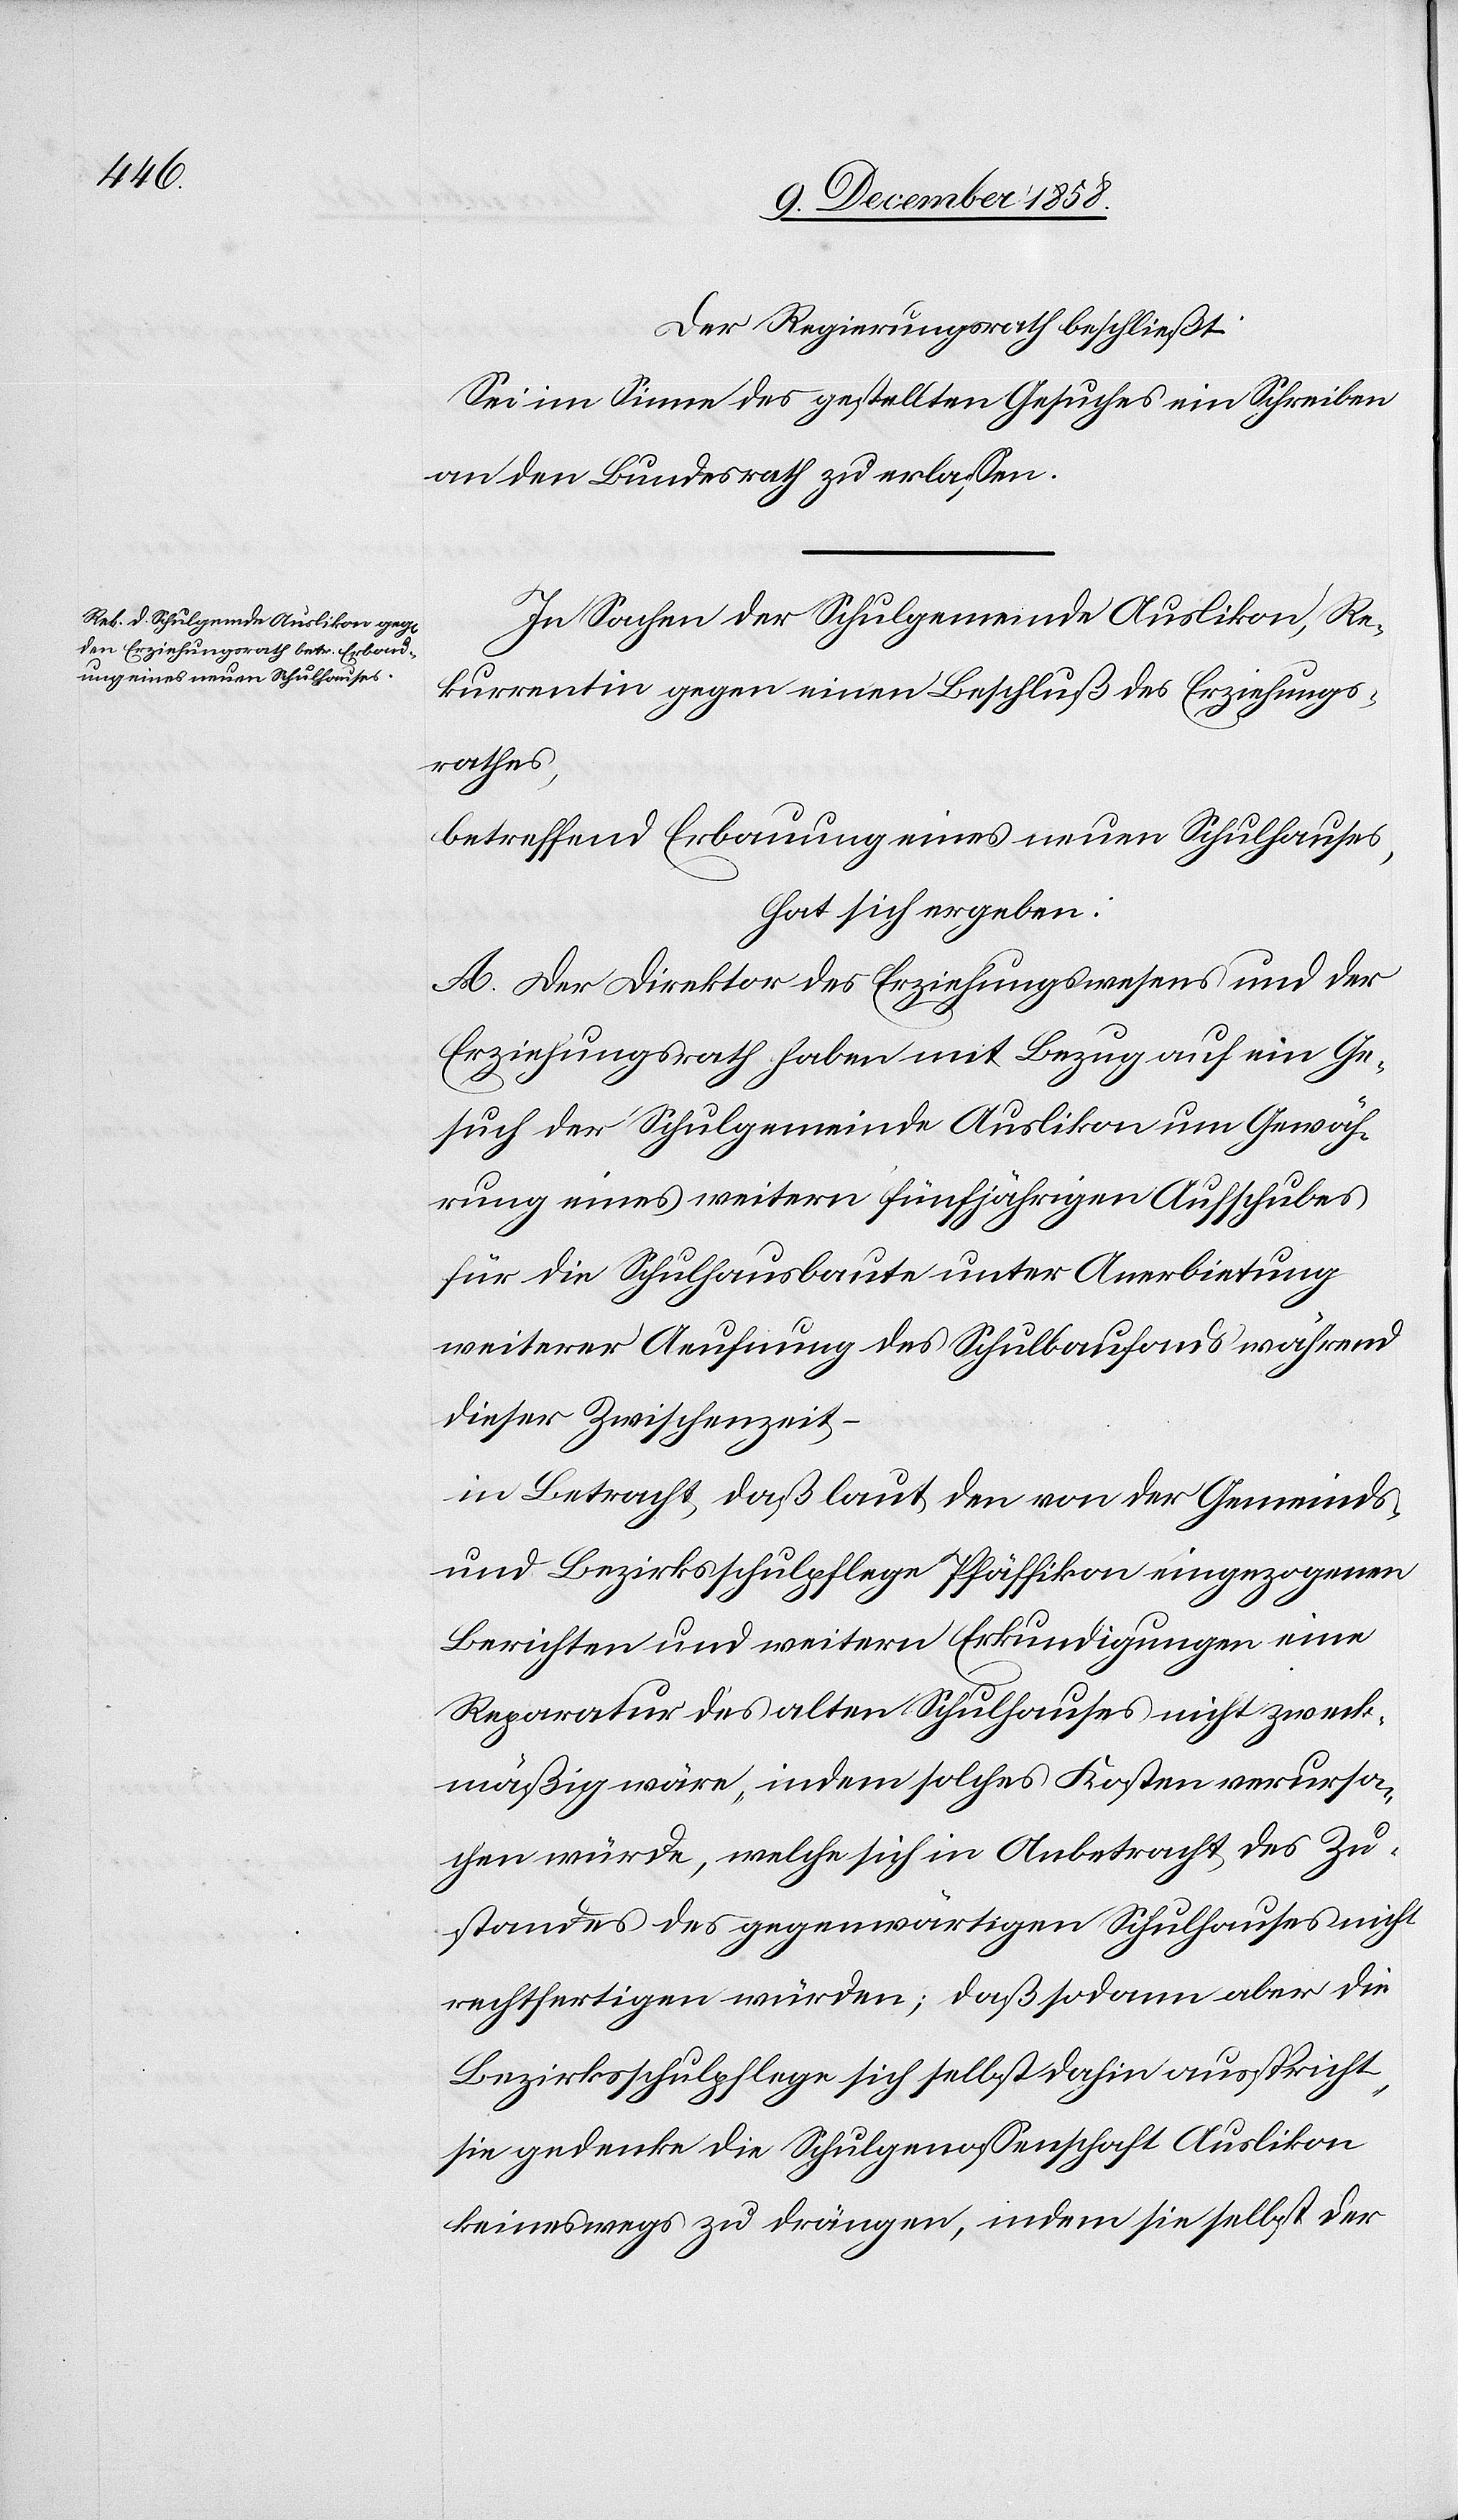
Der Regierungsrath beschließt:
Sei im Sinne des gestellten Gesuches ein Schreiben
an den Bundesrath zu erlassen.
In Sachen der Schulgemeinde Auslikon, Re¬
kurrentin gegen einen Beschluß des Erziehungs¬
rathes,
betreffend Erbauung eines neuen Schulhauses,
hat sich ergeben:
A. Der Direktor des Erziehungswesens und der
Erziehungsrath haben mit Bezug auf ein Ge¬
such der Schulgemeinde Auslikon um Gewäh¬
rung eines weitern fünfjährigen Aufschubes
für die Schulhausbaute unter Anerbietung
weiterer Aeufnung des Schulbaufonds während
dieser Zwischenzeit –
in Betracht, daß laut den von der Gemeinds-
und Bezirksschulpflege Pfäffikon eingezogenen
Berichten und weitern Erkundigungen eine
Reparatur des alten Schulhauses nicht zweck¬
mäßig wäre, indem solches Kosten verursa¬
chen würde, welche sich in Anbetracht des Zu¬
standes des gegenwärtigen Schulhauses nicht
rechtfertigen würden; daß sodann aber die
Bezirksschulpflege sich selbst dahin ausspricht,
sie gedenke die Schulgenossenschaft Auslikon
keineswegs zu drängen, indem sie selbst der